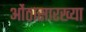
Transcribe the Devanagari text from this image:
ओंठासारख्या